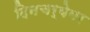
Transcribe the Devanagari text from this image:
दिनचर्येवर